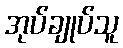
အုပ်ချုပ်သူ